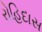
રોહિદાસ